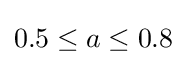
0.5\leq a\leq 0.8